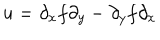
LaTeX: u = \partial _ { x } f \partial _ { y } - \partial _ { y } f \partial _ { x }